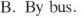
B.By bus.